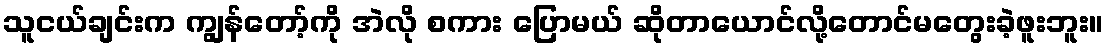
သူငယ်ချင်းက ကျွန်တော့်ကို အဲလို စကား ပြောမယ် ဆိုတာယောင်လို့တောင်မတွေးခဲ့ဖူးဘူး။